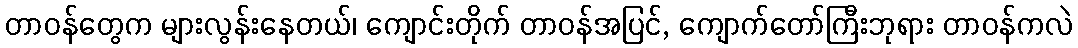
တာဝန်တွေက များလွန်းနေတယ်၊ ကျောင်းတိုက် တာဝန်အပြင်, ကျောက်တော်ကြီးဘုရား တာဝန်ကလဲ